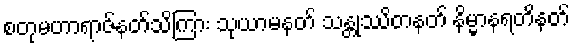
စတုမဟာရာဇ်နတ်သိကြား သုယာမနတ် သန္တုဿိတနတ် နိမ္မာနရတိနတ်